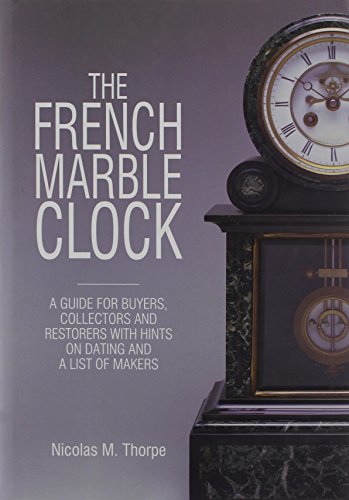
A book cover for The French Marble Clock: A Guide for Buyers, Collectors and Restorers with Hints on Dating and a List of Makers; Nicolas M. Thorpe; Crafts, Hobbies & Home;